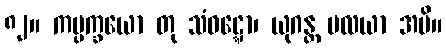
၈၂။ ကပ္ပက္ခယော တု သံဝဋ္ဋော၊ ယုဂန္တ ပလယာ အပိ။